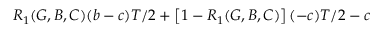
R _ { 1 } ( G , B , C ) ( b - c ) T / 2 + \left[ 1 - R _ { 1 } ( G , B , C ) \right] ( - c ) T / 2 - c